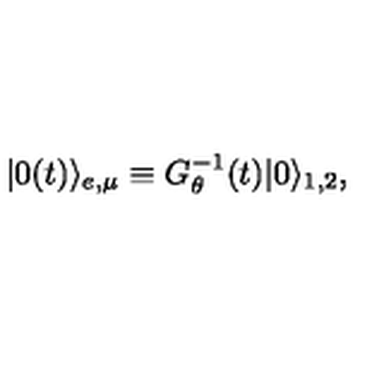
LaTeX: | 0 ( t ) \rangle _ { e , \mu } \equiv G _ { \theta } ^ { - 1 } ( t ) | 0 \rangle _ { 1 , 2 } ,